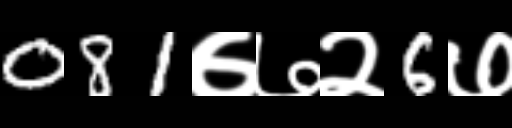
Text: 081७७२6७